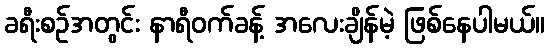
ခရီးစဉ်အတွင်း နာရီဝက်ခန့် အလေးချိန်မဲ့ ဖြစ်နေပါမယ်။